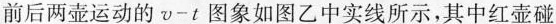
前后两壶运动的v-t图象如图乙中实线所示，其中红壶碰